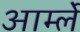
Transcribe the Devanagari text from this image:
आर्म्ले